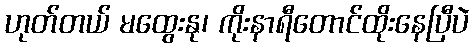
ဟုတ်တယ် မထွေးနု၊ ကိုးနာရီတောင်ထိုးနေပြီပဲ